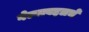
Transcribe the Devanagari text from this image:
गेल्याबद्दलचे